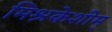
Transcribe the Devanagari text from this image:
मिश्रकेशीम्